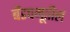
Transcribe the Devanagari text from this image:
बँडचमूतील